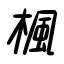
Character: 楓